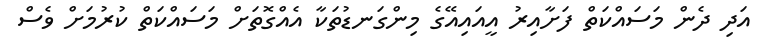
އަދި ދެން މަސަައްކަތް ފަށާއިރު އީއައިއޭގެ މިންގަނޑުތަކާ އެއްގޮތަށް މަސައްކަތް ކުރުމަށް ވެސް